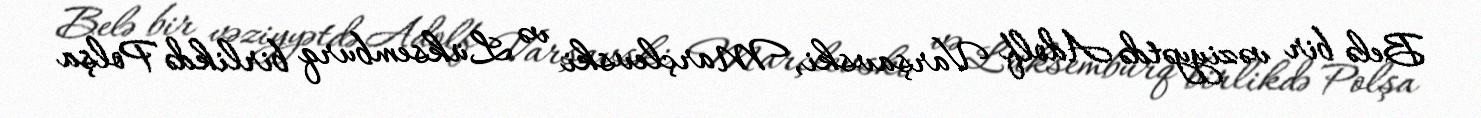
Belə bir vəziyyətdə Adolf Varşavski, Marçlevski və Lüksemburq birlikdə Polşa